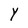
Character: Y